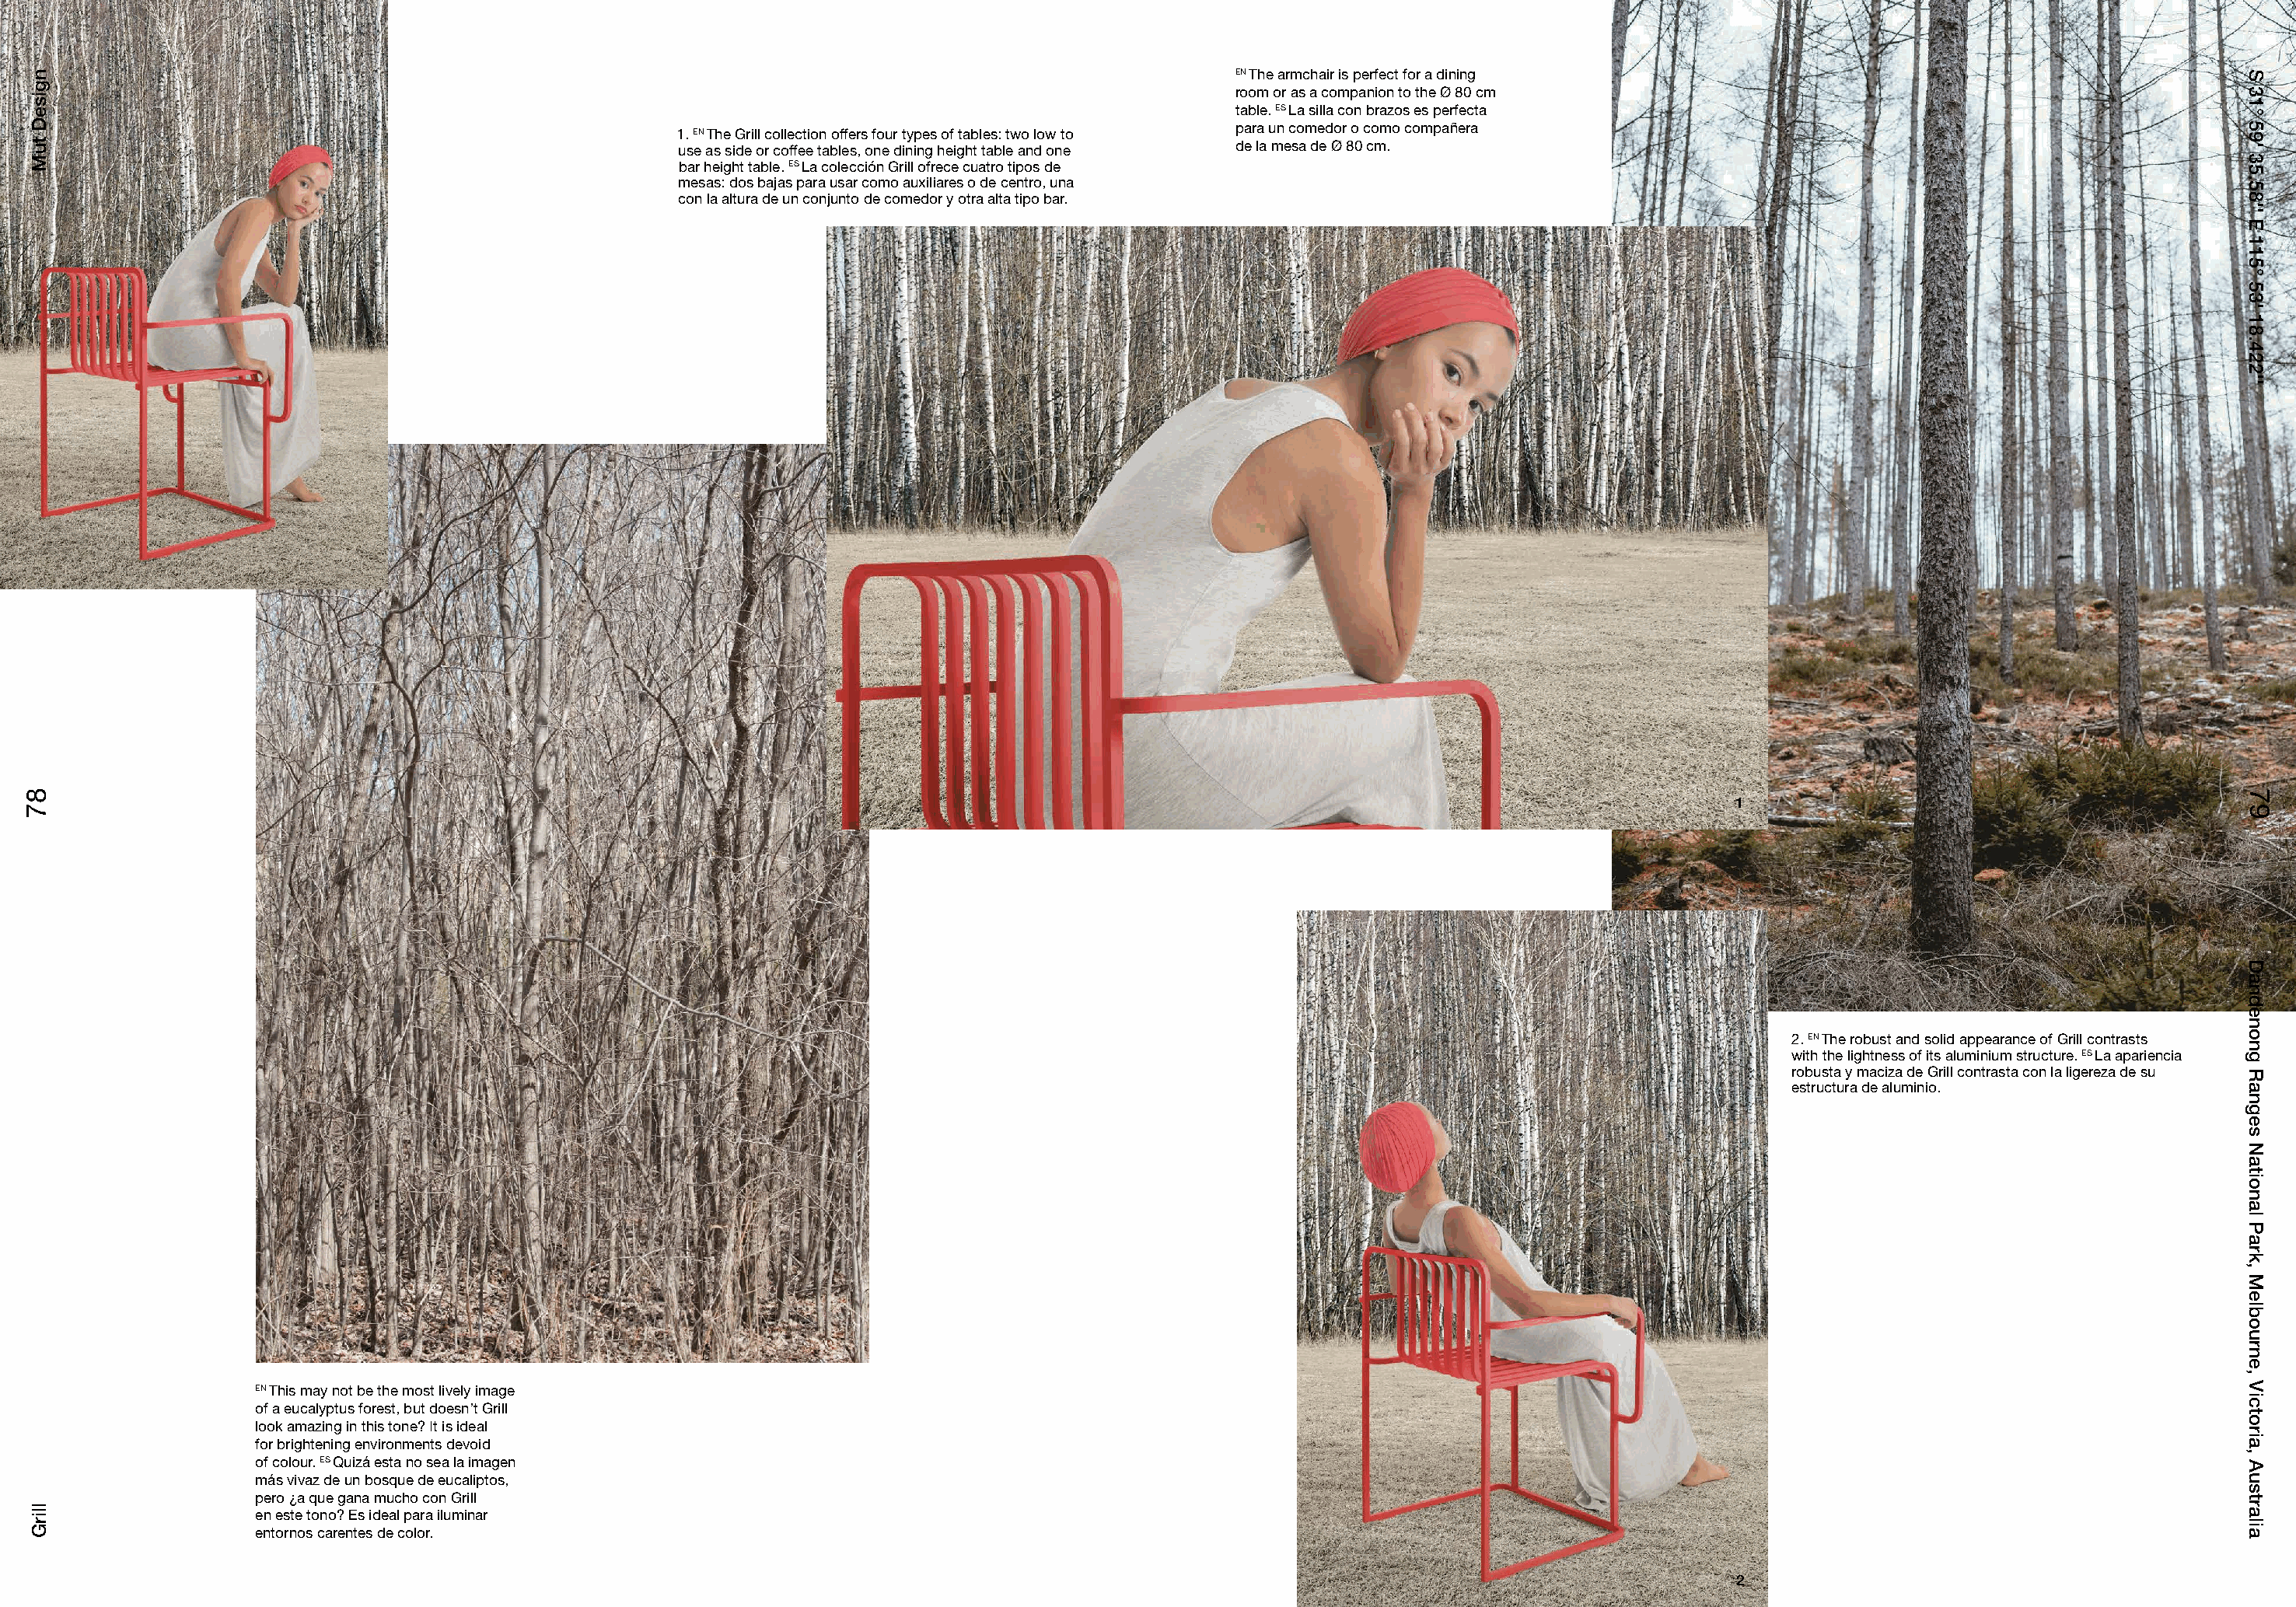
EN The armchair is perfect for a dining
 room or as a companion to the Ø 80 cm
 table. ES La silla con brazos es perfecta
 para un comedor o como compañera
 1. EN The Grill collection offers four types of tables: two low to
 use as side or coffee tables, one dining height table and one de la mesa de Ø 80 cm.
 bar height table. ES La colección Grill ofrece cuatro tipos de
 mesas: dos bajas para usar como auxiliares o de centro, una
 con la altura de un conjunto de comedor y otra alta tipo bar.
 1
 2. EN The robust and solid appearance of Grill contrasts
 with the lightness of its aluminium structure. ES La apariencia
 robusta y maciza de Grill contrasta con la ligereza de su
 estructura de aluminio.
 EN This may not be the most lively image
 of a eucalyptus forest, but doesn’t Grill
 look amazing in this tone? It is ideal
 for brightening environments devoid
 of colour. ES Quizá esta no sea la imagen
 más vivaz de un bosque de eucaliptos,
 pero ¿a que gana mucho con Grill
 en este tono? Es ideal para iluminar
 entornos carentes de color.
 22
 8877
 ngiseD
 tuM
 llirG
 S
 31°
 59'
 35.58''
 E
 115°
 53'
 18.422''
 79
 Dandenong
 Ranges
 National
 Park,
 Melbourne,
 Victoria,
 Australia